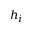
h _ { i }